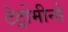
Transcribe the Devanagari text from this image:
टेट्रोमीनो